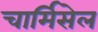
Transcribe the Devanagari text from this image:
चार्मिसेल